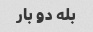
بله دو بار